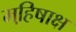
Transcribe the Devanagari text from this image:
महि़षाक्ष